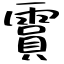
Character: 霣